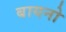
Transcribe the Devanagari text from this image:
बायनो